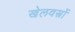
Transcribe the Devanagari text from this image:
खेलवस्त्रों